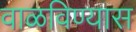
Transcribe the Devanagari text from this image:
वाळविण्यास